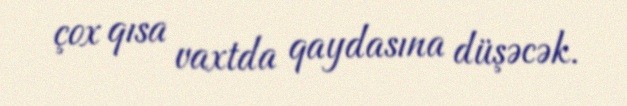
çox qısa vaxtda qaydasına düşəcək.